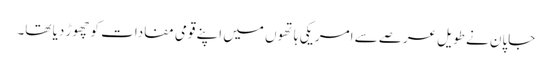
جاپان نے طویل عرصے سے امریکی ہاتھوں میں اپنے قومی مفادات کو چھوڑ دیا تھا۔